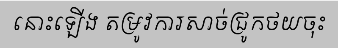
នោះឡើង តម្រូវការសាច់ជ្រូកថយចុះ